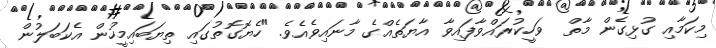
މިކަމާއި ގުޅިގެން މާތް  ވަހީކުރައްވާފައިވާ އާޔަތެއްގެ މާނައިވެއެވެ. "ހެޔޮގޮތުގައި ތިޔަބައިމީހުން އެކަބަލުން